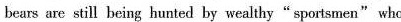
bears are still being hunted by wealthy "sportsmen" who